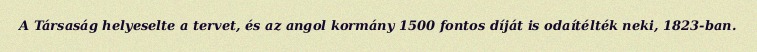
A Társaság helyeselte a tervet, és az angol kormány 1500 fontos díját is odaítélték neki, 1823-ban.